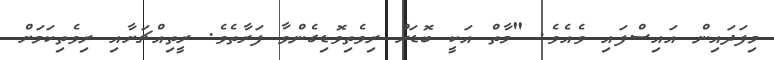
މިފަދައިން އައިސްފައި ވެއެވެ. "މާތް އަކީ ބޮޑަށް ރިވެތިވޮޑިގެންވާ ފަރާތެވެ. ރީތިއްޗަށާއި ރިވެތިކަމަށް